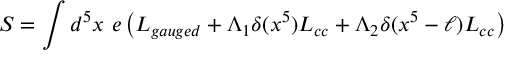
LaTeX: S = \int d ^ { 5 } x ~ e \left( { \cal L } _ { g a u g e d } + \Lambda _ { 1 } \delta ( x ^ { 5 } ) { \cal L } _ { c c } + \Lambda _ { 2 } \delta ( x ^ { 5 } - \ell ) { \cal L } _ { c c } \right)